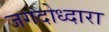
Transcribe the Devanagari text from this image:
जगदोध्दारा